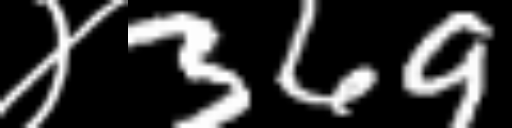
Text: ४369